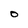
Character: O